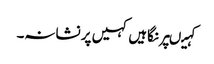
کہیںپر نگاہیں کہیں پر نشانہ۔